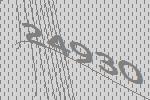
24930